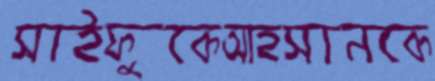
সাইফুকেআহসানকে